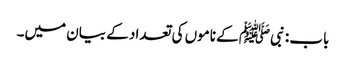
باب : نبیﷺ کے ناموں کی تعداد کے بیان میں۔